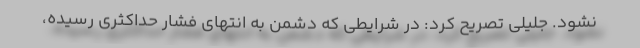
نشود. جلیلی تصریح کرد: در شرایطی که دشمن به انتهای فشار حداکثری رسیده،